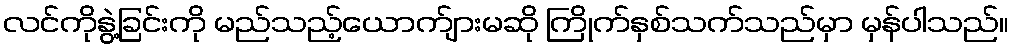
လင်ကိုနွဲ့ခြင်းကို မည်သည့်ယောက်ျားမဆို ကြိုက်နှစ်သက်သည်မှာ မှန်ပါသည်။